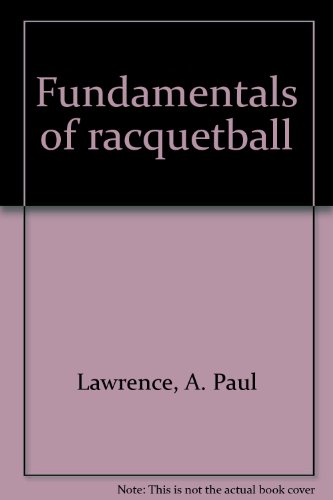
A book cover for Fundamentals of racquetball; A. Paul Lawrence; Sports & Outdoors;